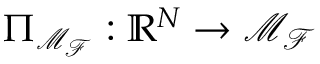
\Pi _ { \mathcal { M } _ { \mathcal { F } } } : \mathbb { R } ^ { N } \rightarrow \mathcal { M } _ { \mathcal { F } }